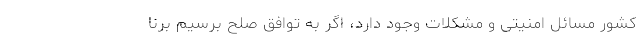
کشور مسائل امنیتی و مشکلات وجود دارد، اگر به توافق صلح برسیم برنا